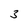
Character: 3